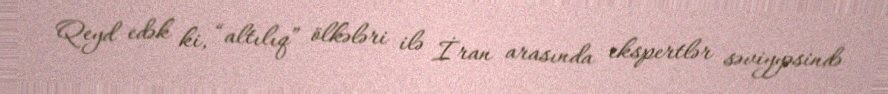
Qeyd edək ki, “altılıq” ölkələri ilə İran arasında ekspertlər səviyyəsində